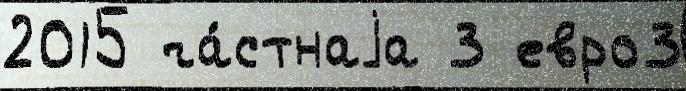
2015 ча́стнаjа 3 евро3